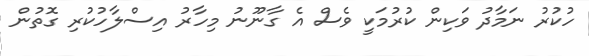
ހުކުރު ނަމާދު ވަކިން ކުރުމަކީ ވެސް އެ ގާނޫނު މިހާރު އިސްލާހުކުރި ގޮތުން